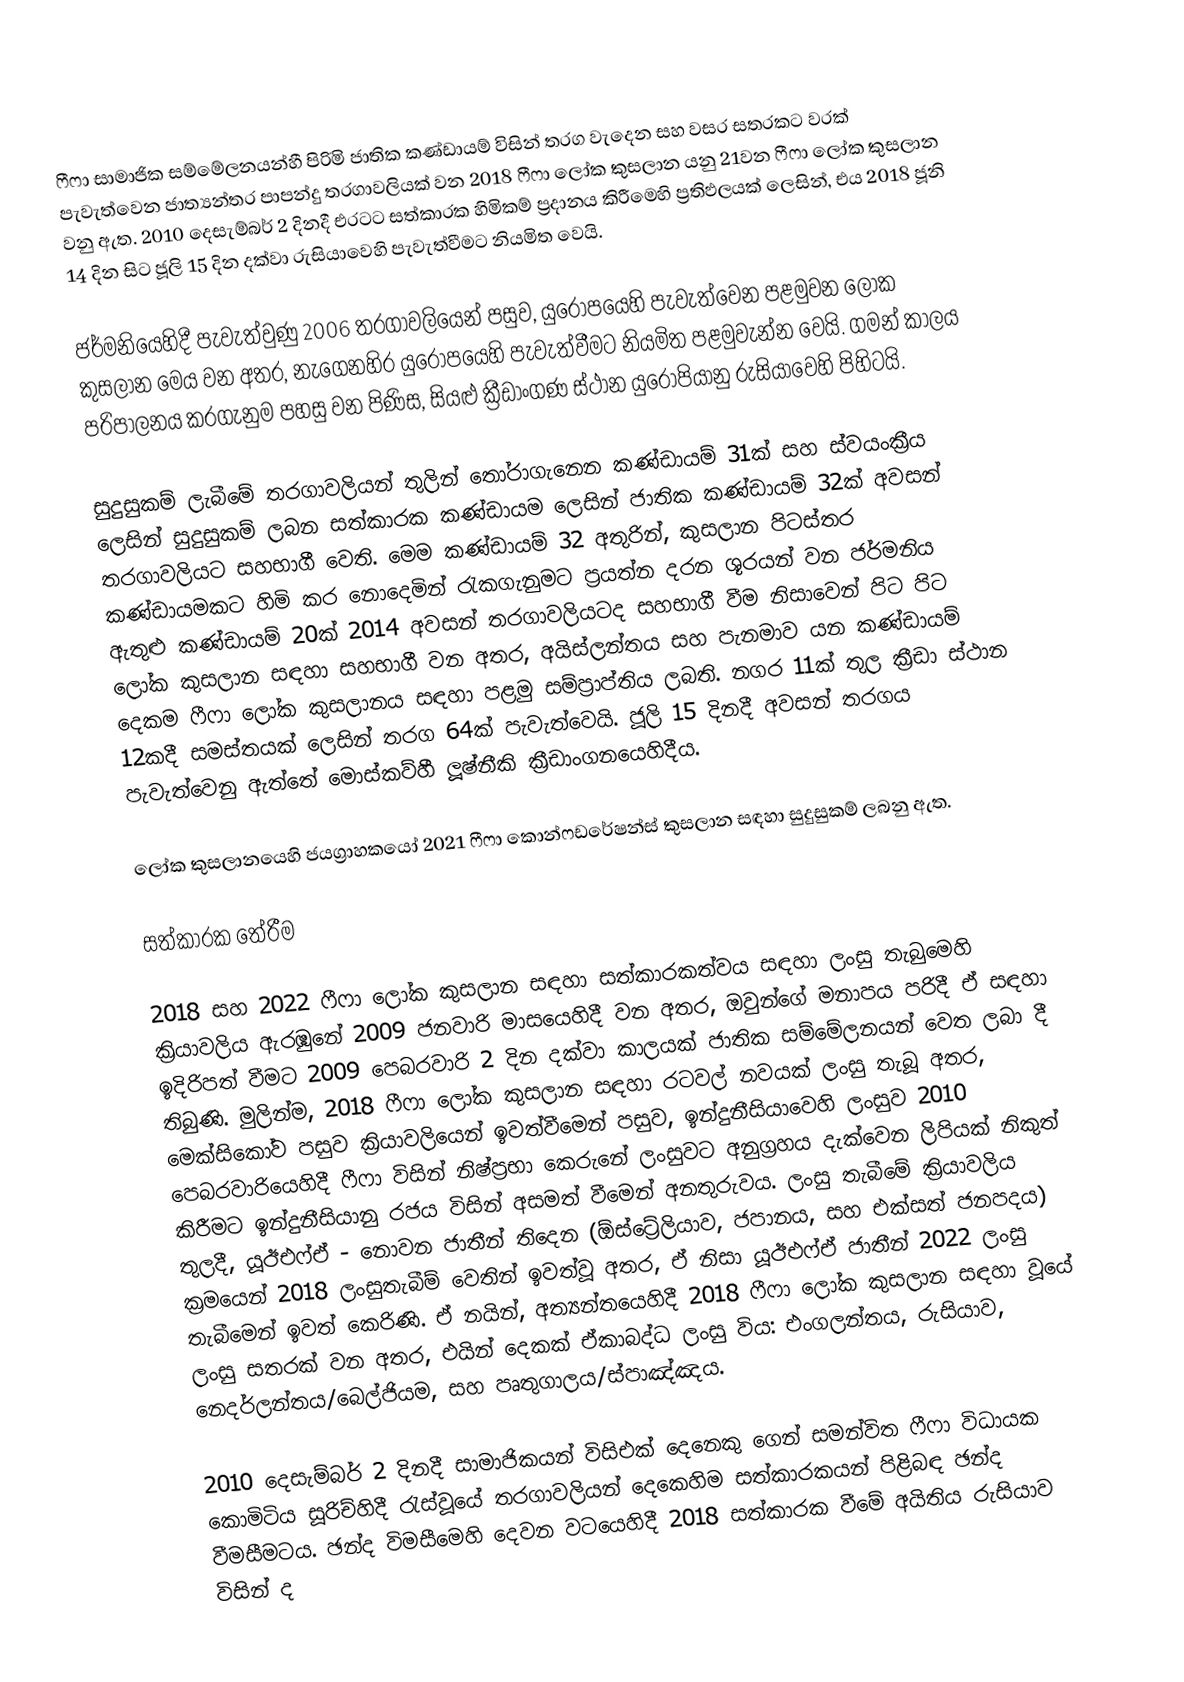
ෆීෆා සාමාජික සම්මේලනයන්හී පිරිමි ජාතික කණ්ඩායම් විසින් තරග වැදෙන සහ වසර සතරකට වරක් පැවැත්වෙන  ජාත්‍යන්තර පාපන්දු තරගාවලියක් වන  2018 ෆීෆා ලෝක කුසලාන යනු  21වන ෆීෆා ලෝක කුසලාන වනු ඇත. 2010 දෙසැම්බර් 2 දිනදී එරටට සත්කාරක හිමිකම් ප්‍රදානය කිරීමෙහි ප්‍රතිඵලයක් ලෙසින්, එය 2018 ජූනි 14 දින සිට ජූලි 15 දින දක්වා රුසියාවෙහි  පැවැත්වීමට නියමිත වෙයි.

ජර්මනියෙහිදී පැවැත්වුණු 2006 තරගාවලියෙන් පසුව, යුරෝපයෙහි පැවැත්වෙන පළමුවන ලෝක කුසලාන මෙය වන අතර, නැගෙනහිර යුරෝපයෙහි පැවැත්වීමට නියමිත පළමුවැන්න වෙයි. ගමන් කාලය පරිපාලනය කරගැනුම පහසු වන පිණිස, සියළු ක්‍රීඩාංගණ ස්ථාන යුරෝපියානු රුසියාවෙහි පිහිටයි.

සුදුසුකම් ලැබීමේ තරගාවලියන් තුලින් තෝරාගැනෙන කණ්ඩායම් 31ක් සහ ස්වයංක්‍රීය ලෙසින් සුදුසුකම් ලබන සත්කාරක කණ්ඩායම ලෙසින් ජාතික කණ්ඩායම් 32ක් අවසන් තරගාවලියට සහභාගී වෙති. මෙම කණ්ඩායම් 32 අතුරින්,  කුසලාන පිටස්තර කණ්ඩායමකට හිමි කර නොදෙමින් රැකගැනුමට ප්‍රයත්න දරන ශූරයන් වන ජර්මනිය ඇතුළු කණ්ඩායම් 20ක් 2014 අවසන් තරගාවලියටද සහභාගී වීම නිසාවෙන් පිට පිට ලෝක කුසලාන සඳහා සහභාගී වන අතර, අයිස්ලන්තය සහ පැනමාව යන කණ්ඩායම් දෙකම ෆීෆා ලෝක කුසලානය සඳහා පළමු සම්ප්‍රාප්තිය ලබති. නගර 11ක් තුල ක්‍රීඩා ස්ථාන 12කදී සමස්තයක් ලෙසින් තරග 64ක් පැවැත්වෙයි. ජූලි 15 දිනදී  අවසන් තරගය පැවැත්වෙනු ඇත්තේ  මොස්කව්හී  ලූෂ්නීකි ක්‍රීඩාංගනයෙහිදීය.

ලෝක කුසලානයෙහි ජයග්‍රාහකයෝ 2021 ෆීෆා කොන්ෆඩරේෂන්ස් කුසලාන සඳහා සුදුසුකම් ලබනු ඇත.

සත්කාරක තේරීම

2018 සහ 2022 ෆීෆා ලෝක කුසලාන සඳහා සත්කාරකත්වය සඳහා ලංසු තැබුමෙහි ක්‍රියාවලිය ඇරඹුනේ 2009 ජනවාරි මාසයෙහිදී වන අතර, ඔවුන්ගේ මනාපය පරිදී ඒ සඳහා ඉදිරිපත් වීමට 2009 පෙබරවාරි 2 දින දක්වා කාලයක් ජාතික සම්මේලනයන් වෙත ලබා දී තිබුණි. මුලින්ම, 2018 ෆීෆා ලෝක කුසලාන සඳහා රටවල් නවයක් ලංසු තැබූ අතර, මෙක්සිකෝව පසුව ක්‍රියාවලියෙන් ඉවත්වීමෙන් පසුව, ඉන්දුනීසියාවෙහි ලංසුව 2010 පෙබරවාරියෙහිදී ෆීෆා විසින් නිෂ්ප්‍රභා කෙරුනේ ලංසුවට අනුග්‍රහය දැක්වෙන ලිපියක් නිකුත් කිරීමට ඉන්දුනීසියානු රජය විසින් අසමත් වීමෙන් අනතුරුවය.  ලංසු තැබීමේ ක්‍රියාවලිය තුලදී, යූඊඑෆ්ඒ - නොවන ජාතීන් තිදෙන (ඕස්ට්‍රේලියාව, ජපානය, සහ එක්සත් ජනපදය) ක්‍රමයෙන්  2018 ලංසුතැබීම් වෙතින් ඉවත්වූ අතර, ඒ නිසා  යූඊඑෆ්ඒ ජාතීන්  2022 ලංසු තැබීමෙන් ඉවත් කෙරිණි. ඒ නයින්, අත්‍යන්තයෙහිදී 2018 ෆීෆා ලෝක කුසලාන සඳහා වූයේ ලංසු සතරක් වන අතර, එයින් දෙකක් ඒකාබද්ධ ලංසු විය: එංගලන්තය, රුසියාව, නෙදර්ලන්තය/බෙල්ජියම, සහ පෘතුගාලය/ස්පාඤ්ඤය.

2010 දෙසැම්බර් 2 දිනදී සාමාජිකයන් විසිඑක් දෙනෙකු ගෙන් සමන්විත ෆීෆා විධායක කොමිටිය සූරිච්හිදී රැස්වූයේ තරගාවලියන් දෙකෙහිම සත්කාරකයන් පිළිබඳ ඡන්ද වීමසීමටය. ඡන්ද විමසීමෙහි දෙවන වටයෙහිදී 2018 සත්කාරක වීමේ අයිතිය රුසියාව විසින් ද